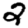
Digit: 2